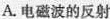
A.电磁波的反射